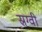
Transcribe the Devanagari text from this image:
स्रग्वी